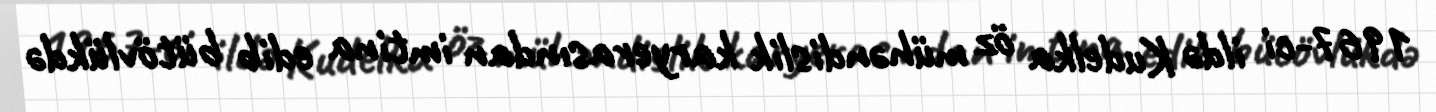
1967-ci ildə Kudelka öz mühəndislik karyerasından imtina edib bütövlükdə